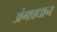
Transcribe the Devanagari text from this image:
अंगप्रधान